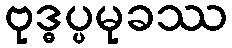
ဗုဒ္ဓပ္ပမုခဿ